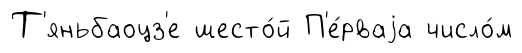
Т'яньбаоцз'е шесто́й П'е́рваjа число́м